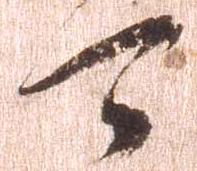
可